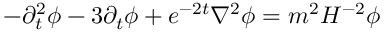
- { \partial } _ { t } ^ { 2 } \phi - 3 { \partial } _ { t } \phi + e ^ { - 2 t } \nabla ^ { 2 } \phi = m ^ { 2 } H ^ { - 2 } \phi